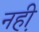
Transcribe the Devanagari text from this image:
नही़